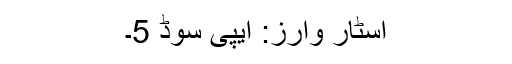
اسٹار وارز: ایپی سوڈ 5۔